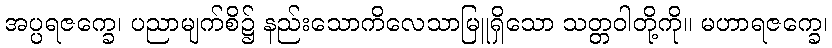
အပ္ပရဇက္ခေ၊ ပညာမျက်စိ၌ နည်းသောကိလေသာမြူရှိသော သတ္တဝါတို့ကို။ မဟာရဇက္ခေ၊